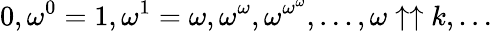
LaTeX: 0,\omega^{0}=1,\omega^{1}=\omega,\omega^{\omega},\omega^{\omega^{\omega}},\ldots,\omega\uparrow\uparrow k,\ldots